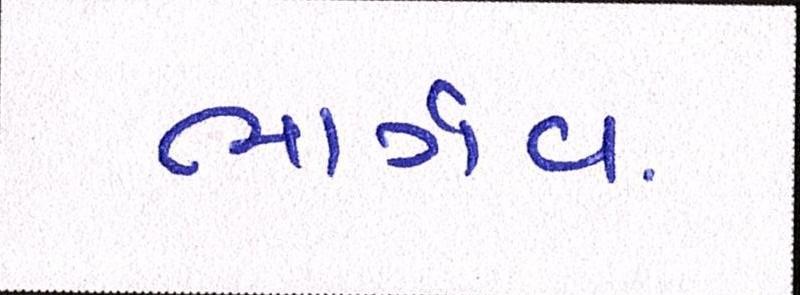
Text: ભાર્ગવ